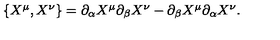
\begin{array} { l c r } { \{ X ^ { \mu } , X ^ { \nu } \} = \partial _ { \alpha } X ^ { \mu } \partial _ { \beta } X ^ { \nu } - \partial _ { \beta } X ^ { \mu } \partial _ { \alpha } X ^ { \nu } . } \\ \end{array}